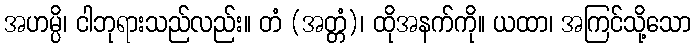
အဟမ္ပိ၊ ငါဘုရားသည်လည်း။ တံ (အတ္တံ)၊ ထိုအနက်ကို။ ယထာ၊ အကြင်သို့သော